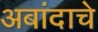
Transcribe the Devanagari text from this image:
अबांदाचे